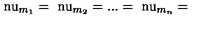
\mathrm { \ n u } _ { m _ { 1 } } = \mathrm { \ n u } _ { m _ { 2 } } = . . . = \mathrm { \ n u } _ { m _ { n } } =